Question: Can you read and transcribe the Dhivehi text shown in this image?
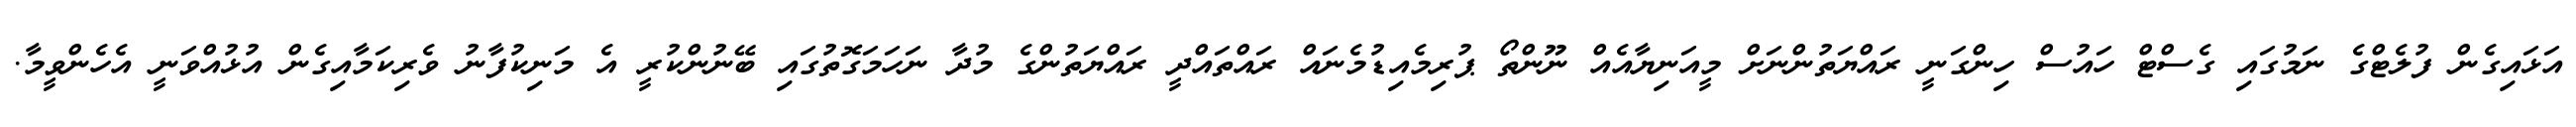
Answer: އަޅައިގެން ފުލެޓްގެ ނަމުގައި ގެސްޓް ހައުސް ހިންގަނީ ރައްޔަތުންނަށް މީއަނިޔާއެއް ނޫންތޯ ޕުރިމެއިޑުމެނައް ރައްތައްދީ ރައްޔަތުންގެ މުދާ ނަހަމަގޮތުގައި ބޭނުންކުރީ އެ މަނިކުފާނު ވެރިކަމާއިގެން އުޅުއްވަނީ އެހެންވީމާ.